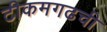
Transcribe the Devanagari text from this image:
टीकमगढची